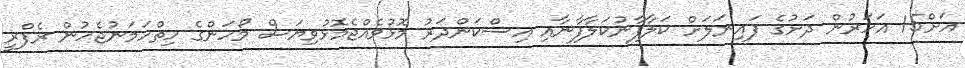
އަށް15 އަހަރުން ދަށުގެ ފައިނަލަށް ކަލާފާނުކަލާފާނާއި އިސްކަންދަރު މޮޅުވެއްޖެމޮޅުވިޔަސް މޯހަންގެ ހިތްހަމަނުޖެހުން ރެފްރީ